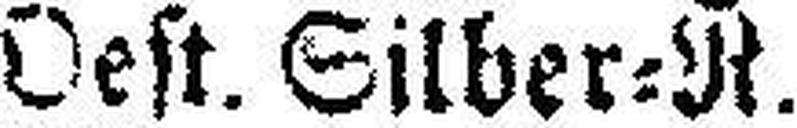
Oest. Silber=R.